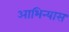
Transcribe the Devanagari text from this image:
आभिन्यास